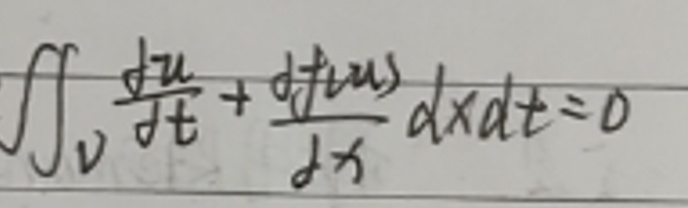
\(\iint_{V} \frac{\partial u}{\partial t}+\frac{\partial u}{\partial x}dxdt = 0\)